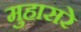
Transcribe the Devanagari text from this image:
मुहासरे